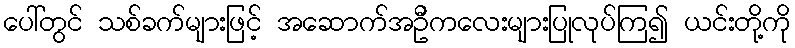
ပေါ်တွင် သစ်ခက်များဖြင့် အဆောက်အဦကလေးများပြုလုပ်ကြ၍ ယင်းတို့ကို